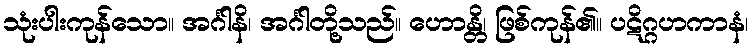
သုံးပါးကုန်သော။ အင်္ဂါနိ၊ အင်္ဂါတို့သည်။ ဟောန္တိ၊ ဖြစ်ကုန်၏။ ပဋိဂ္ဂဟကာနံ၊